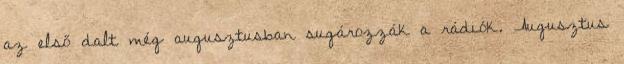
az első dalt még augusztusban sugározzák a rádiók. Augusztus